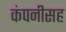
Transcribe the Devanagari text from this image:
कंपनीसह